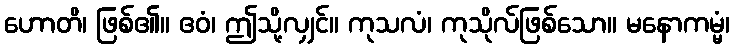
ဟောတိ၊ ဖြစ်၏။ ဧဝံ၊ ဤသို့လျှင်။ ကုသလံ၊ ကုသိုလ်ဖြစ်သော။ မနောကမ္မံ၊